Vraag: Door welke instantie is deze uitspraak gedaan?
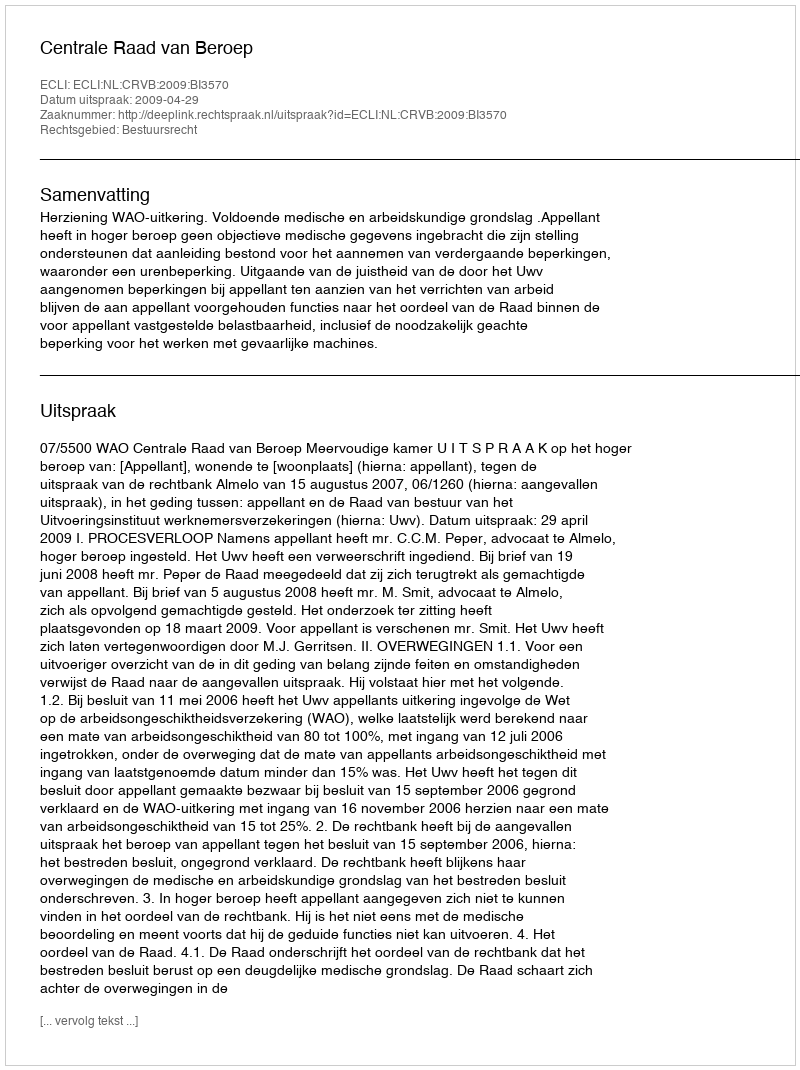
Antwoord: Centrale Raad van Beroep